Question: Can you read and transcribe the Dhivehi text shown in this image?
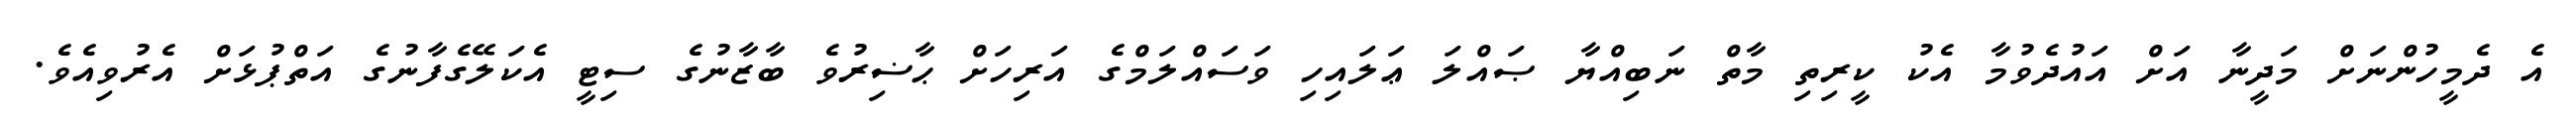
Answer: އެ ދެމީހުންނަށް މަދީނާ އަށް އައުދެވުމާ އެކު ކީރިތި މާތް ނަބިއްޔާ ޞައްލަ ޢަލައިހި ވަސައްލަމްގެ އަރިހަށް ޙާޟިރުވެ ބާޒާނުގެ ސިޓީ އެކަލޭގެފާނުގެ އަތްޕުޅަށް އެރުވިއެވެ.